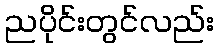
ညပိုင်းတွင်လည်း